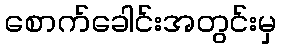
စောက်ခေါင်းအတွင်းမှ